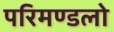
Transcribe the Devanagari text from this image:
परिमण्डलो